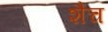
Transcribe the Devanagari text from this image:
शैच